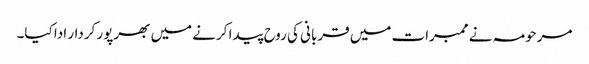
مرحومہ نے ممبرات میں قربانی کی روح پیدا کرنے میں بھرپور کردار ادا کیا۔